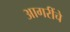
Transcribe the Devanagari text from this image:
आगरींचे